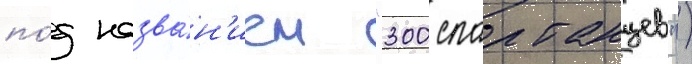
по́д назва́н'ием "300 спартанцев")